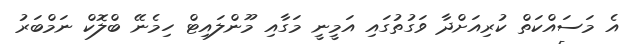
އެ މަސައްކަތް ކުރިއަށްދާ ވަގުތުގައި އަމީނީ މަގާއި މޫންލައިޓް ހިމެނޭ ބްލޮކް ނަމްބަރު